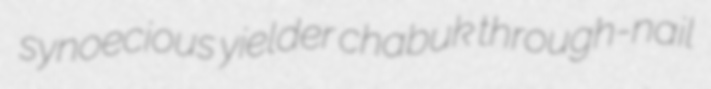
synoecious yielder chabuk through-nail